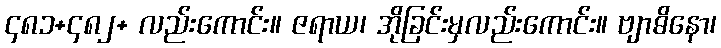
၄၈၁+၄၈၂+ လည်းကောင်း။ ဇရာယ၊ အိုခြင်းမှလည်းကောင်း။ ဗျာဓိနော၊